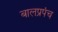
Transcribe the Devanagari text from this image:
बालप्रपंच